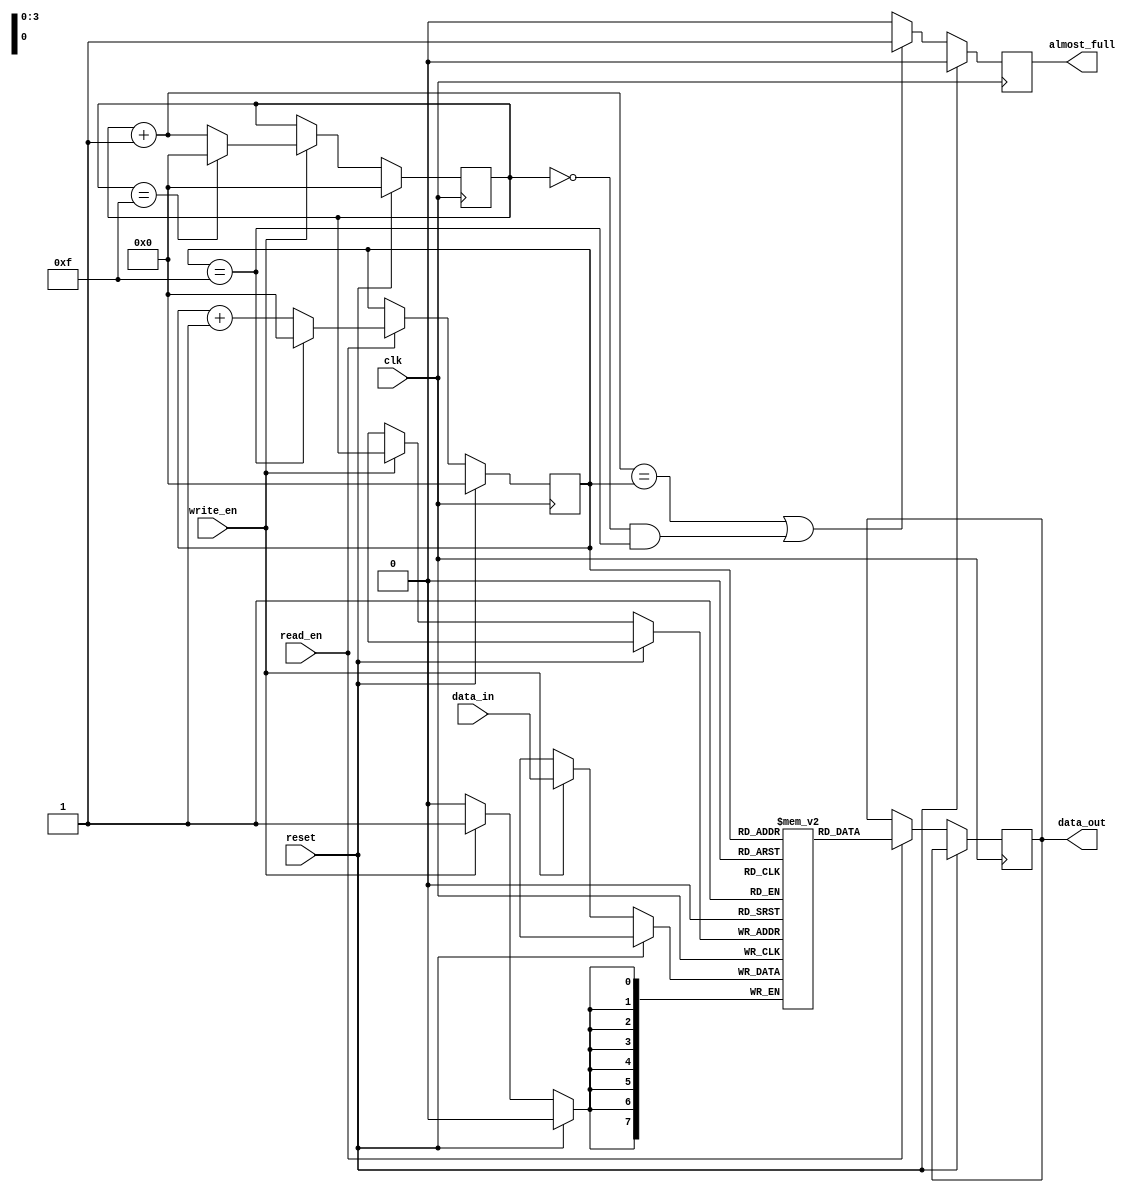
module almost_full_fifo(
    input wire clk,
    input wire reset,
    input wire write_en,
    input wire read_en,
    output reg almost_full,
    output reg [7:0] data_out,
    input wire [7:0] data_in
);

reg [7:0] fifo [0:15]; // Fifo buffer with 16 elements
reg [3:0] write_ptr = 4'd0; // Write pointer
reg [3:0] read_ptr = 4'd0; // Read pointer

always @(posedge clk) begin
    if (reset) begin
        write_ptr <= 4'd0;
        read_ptr <= 4'd0;
        almost_full <= 1'b0;
    end else begin
        if (write_en) begin
            fifo[write_ptr] <= data_in;
            write_ptr <= write_ptr + 4'd1;
            if (write_ptr == 4'd15) begin
                write_ptr <= 4'd0;
            end
        end
        
        if (read_en) begin
            data_out <= fifo[read_ptr];
            read_ptr <= read_ptr + 4'd1;
            if (read_ptr == 4'd15) begin
                read_ptr <= 4'd0;
            end
        end
        
        if (((write_ptr + 4'd1) == read_ptr) || ((write_ptr == 4'd0) && (read_ptr == 4'd15))) begin
            almost_full <= 1'b1;
        end else begin
            almost_full <= 1'b0;
        end
    end
end

endmodule